38_143685_box_Incident_Summaries_101-172
Agency: Department of War
Page 31
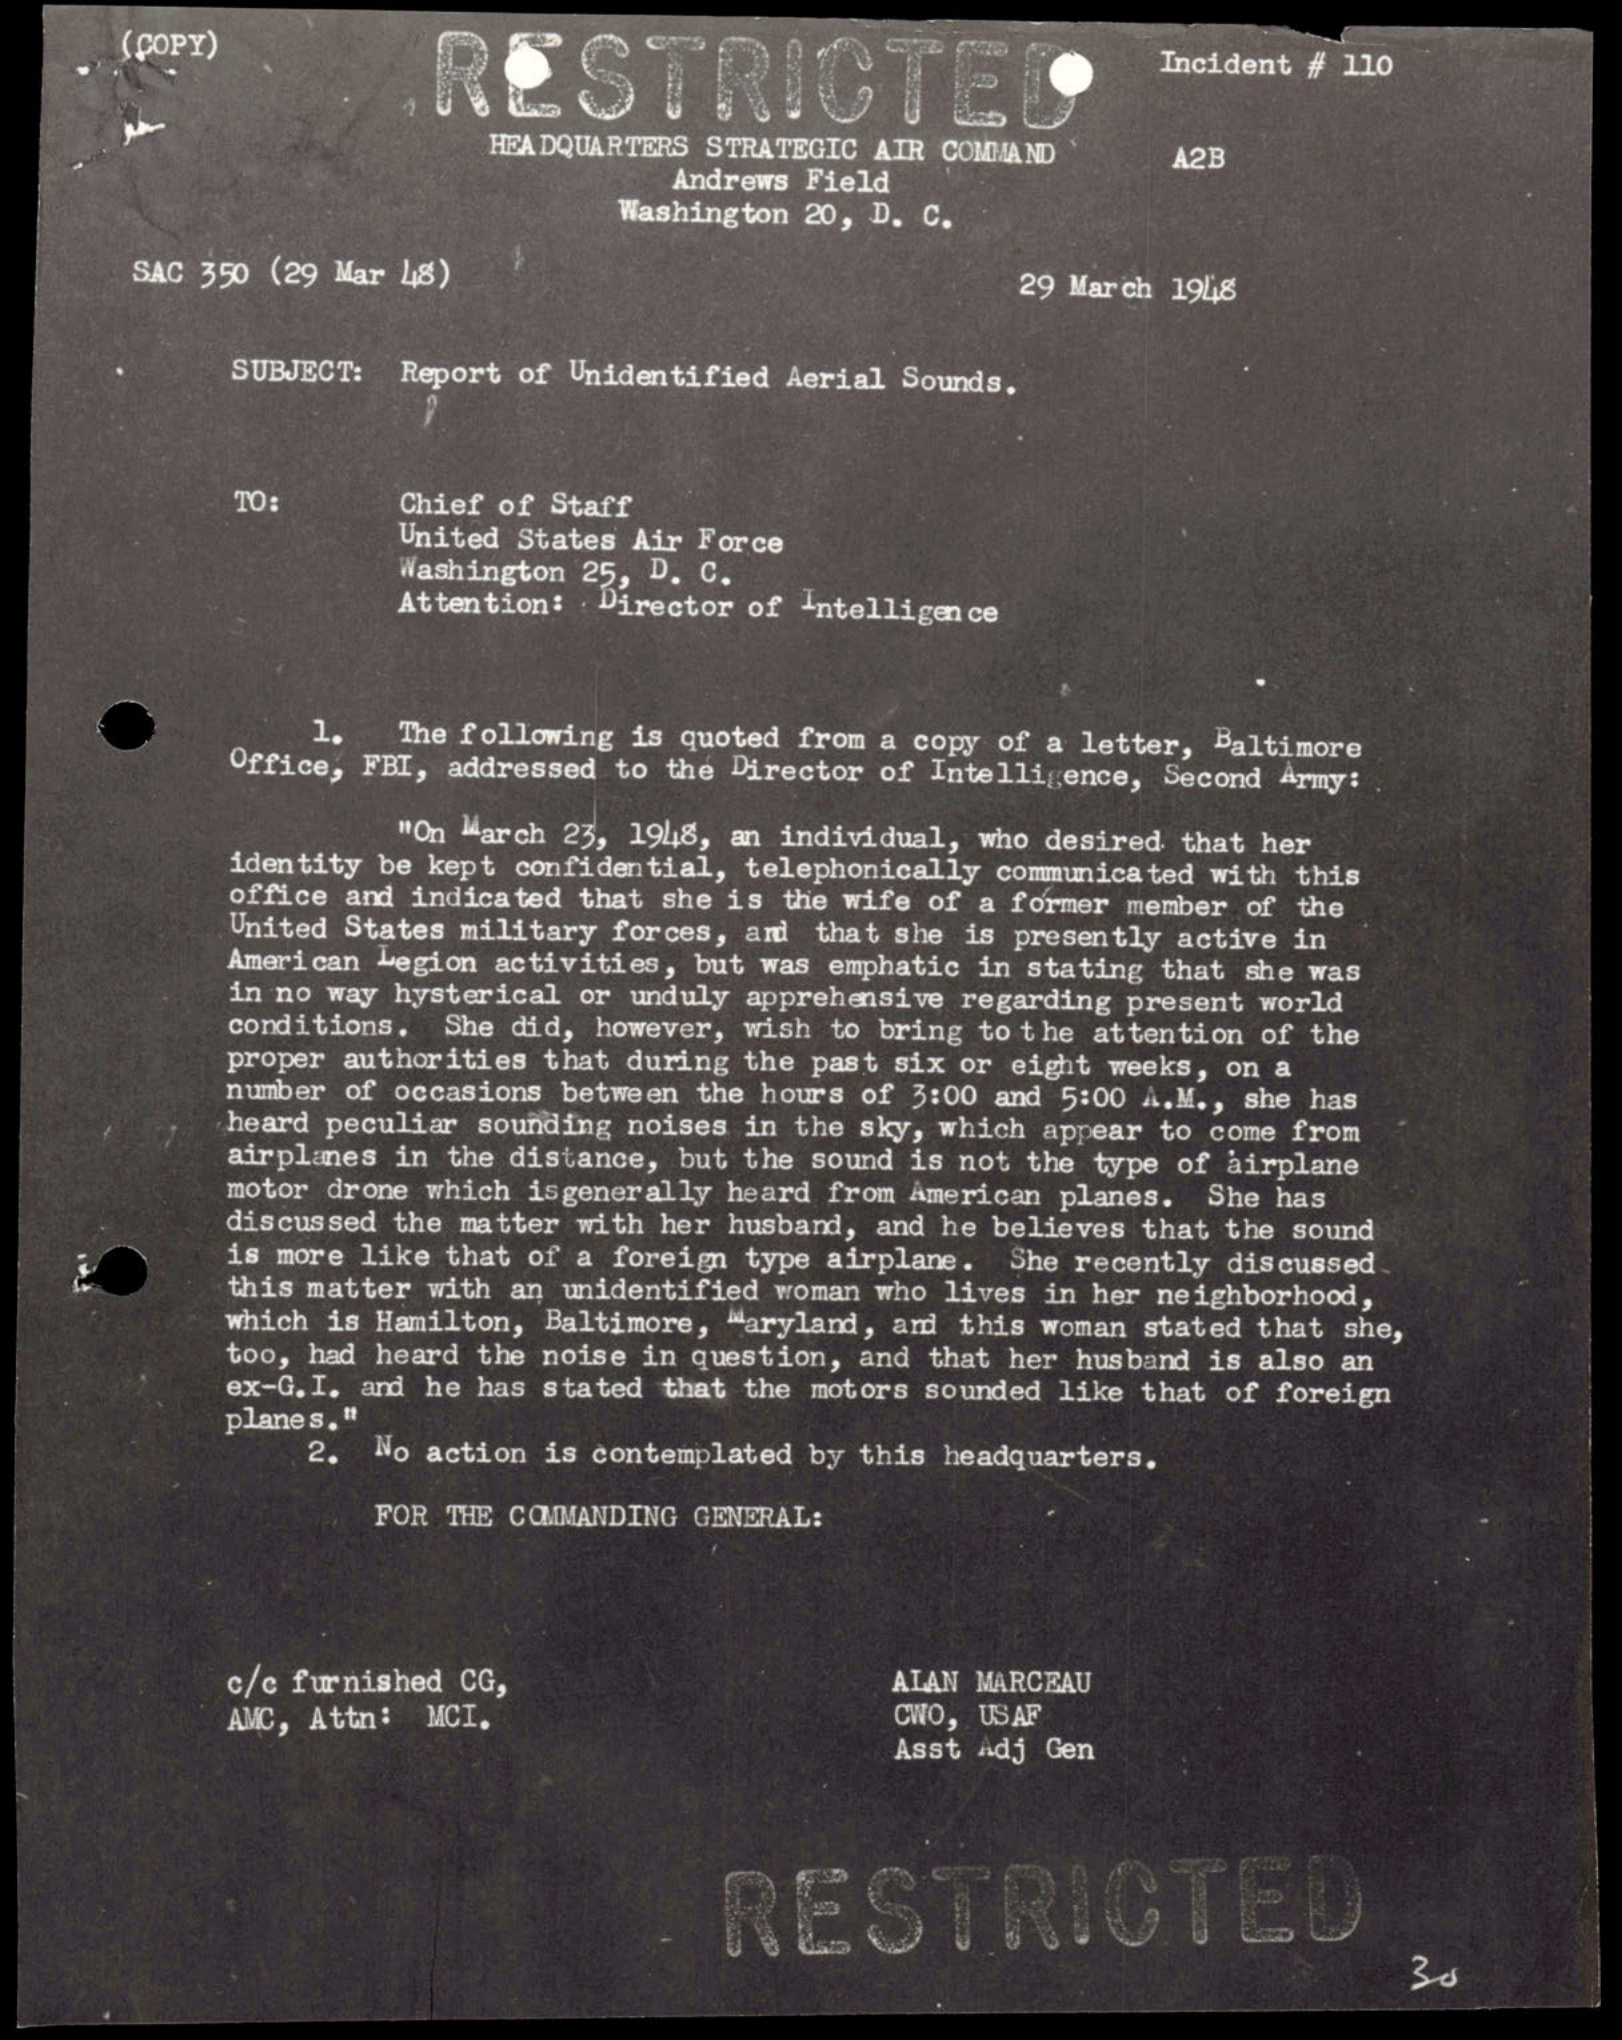